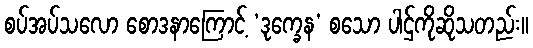
စပ်အပ်သလော စောဒနာကြောင့် ‘ဒုက္ခေန’ စသော ပါဌ်ကိုဆိုသတည်း။